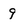
Character: 9